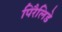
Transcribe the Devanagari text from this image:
पिरैलिडे